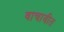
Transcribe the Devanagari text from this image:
वाचावीत